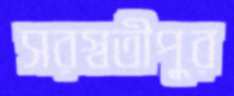
সরস্বতীপুর